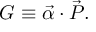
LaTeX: { \cal G } \equiv \vec { \alpha } \cdot \vec { { \cal P } } .